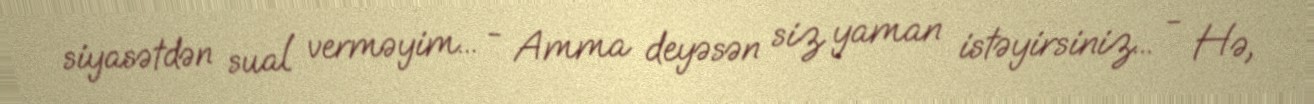
siyasətdən sual verməyim... - Amma deyəsən siz yaman istəyirsiniz... - Hə,